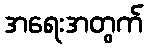
အရေးအတွက်